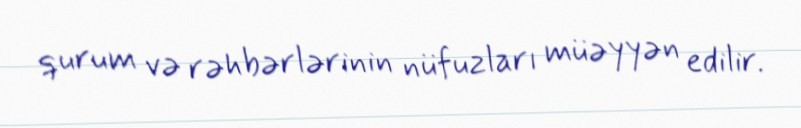
qurum və rəhbərlərinin nüfuzları müəyyən edilir.